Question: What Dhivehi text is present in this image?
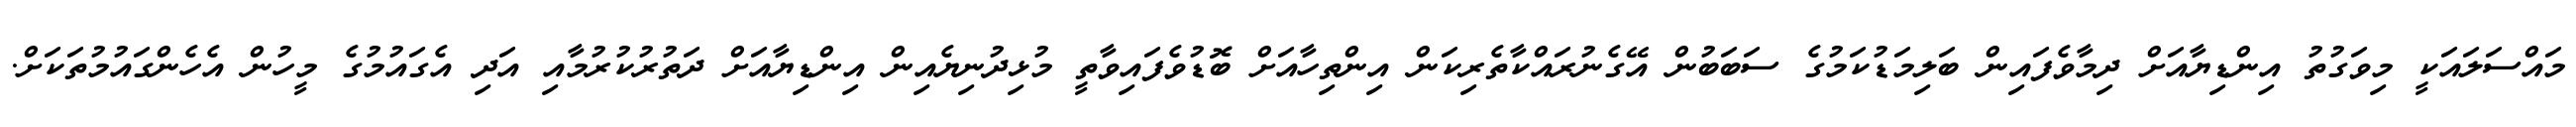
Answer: މައްސަލައަކީ މިވަގުތު އިންޑިޔާއަށް ދިމާވެފައިން ބަލިމަޑުކަމުގެ ސަބަބުން އޭގެނުރައްކާތެރިކަން އިންތިހާއަށް ބޮޑުވެފައިވާތީ މުޅިދުނިޔެއިން އިންޑިޔާއަށް ދަތުރުކުރުމާއި އަދި އެގައުމުގެ މީހުން އެހެންގައުމުތަކަށް.